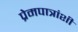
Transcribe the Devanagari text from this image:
प्रेमपात्रांशी